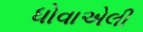
ધોવાએલી